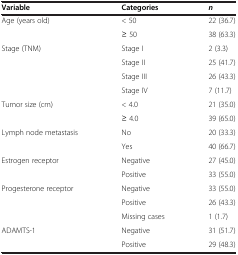
<table><thead><tr><td><b>Variable</b></td><td><b>Categories</b></td><td><b><i>n</i></b></td></tr></thead><tbody><tr><td>Age (years old)</td><td>&lt; 50</td><td>22 (36.7)</td></tr><tr><td> </td><td>≥ 50</td><td>38 (63.3)</td></tr><tr><td>Stage (TNM)</td><td>Stage I</td><td>2 (3.3)</td></tr><tr><td> </td><td>Stage II</td><td>25 (41.7)</td></tr><tr><td> </td><td>Stage III</td><td>26 (43.3)</td></tr><tr><td> </td><td>Stage IV</td><td>7 (11.7)</td></tr><tr><td>Tumor size (cm)</td><td>&lt; 4.0</td><td>21 (35.0)</td></tr><tr><td> </td><td>≥ 4.0</td><td>39 (65.0)</td></tr><tr><td>Lymph node metastasis</td><td>No</td><td>20 (33.3)</td></tr><tr><td> </td><td>Yes</td><td>40 (66.7)</td></tr><tr><td>Estrogen receptor</td><td>Negative</td><td>27 (45.0)</td></tr><tr><td> </td><td>Positive</td><td>33 (55.0)</td></tr><tr><td>Progesterone receptor</td><td>Negative</td><td>33 (55.0)</td></tr><tr><td> </td><td>Positive</td><td>26 (43.3)</td></tr><tr><td> </td><td>Missing cases</td><td>1 (1.7)</td></tr><tr><td>ADAMTS-1</td><td>Negative</td><td>31 (51.7)</td></tr><tr><td> </td><td>Positive</td><td>29 (48.3)</td></tr></tbody></table>